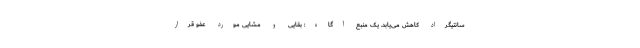
سانتیگراد کاهش می‌یابد. یک منبع آگاه: بقایی و مشایی مورد عفو قرار